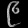
Digit: ၉